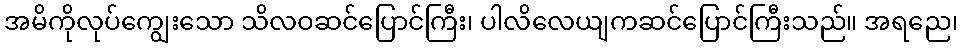
အမိကိုလုပ်ကျွေးသော သိလဝဆင်ပြောင်ကြီး၊ ပါလိလေယျကဆင်ပြောင်ကြီးသည်။ အရညေ၊